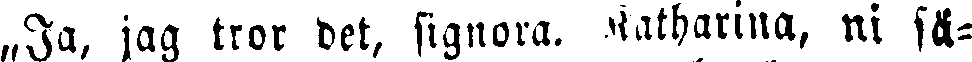
„Ja, jag tror det, signora. Katharina, ni sä-